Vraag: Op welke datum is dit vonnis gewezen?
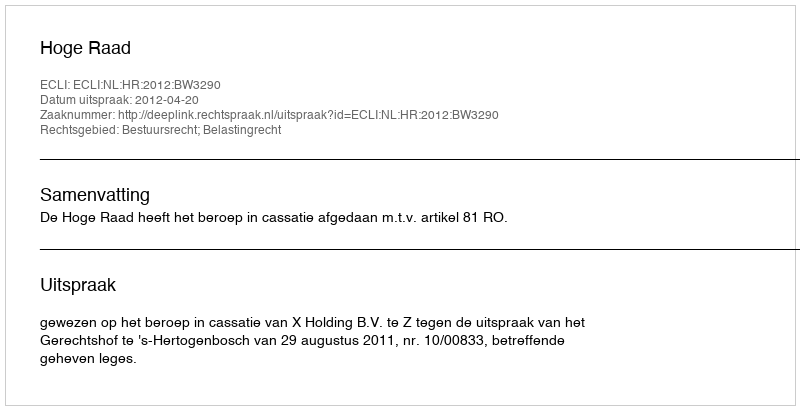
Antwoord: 2012-04-20